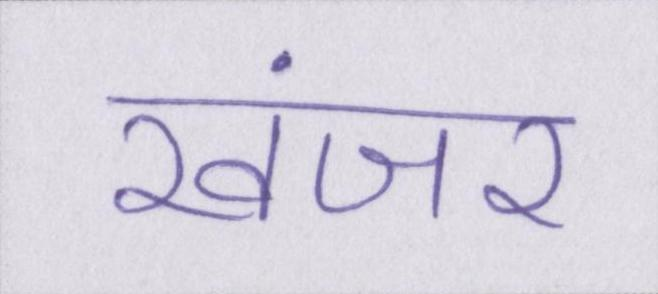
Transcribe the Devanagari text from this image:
खंजर